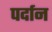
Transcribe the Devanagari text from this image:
पर्दान